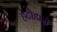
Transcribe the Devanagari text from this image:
हेटौडामे